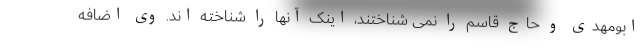
ابومهدی و حاج قاسم را نمی شناختند، اینک آنها را شناخته اند. وی اضافه